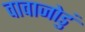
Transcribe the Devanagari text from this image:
वावाजोडुं